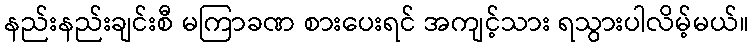
နည်းနည်းချင်းစီ မကြာခဏ စားပေးရင် အကျင့်သား ရသွားပါလိမ့်မယ်။